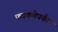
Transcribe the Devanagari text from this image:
फडकवेपर्यंत